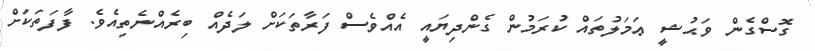
ގޮސްގެން ވަޙުޝީ ޢަމަލުތައް ކުރަމުން ގެންދިޔައީ އެއްވެސް ފަރާތަކަށް ލަދެއް ބިރެއްނެތިއެވެ. ފާފަތަކަށް